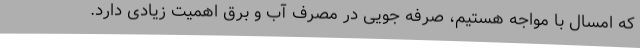
که امسال با مواجه هستیم، صرفه جویی در مصرف آب و برق اهمیت زیادی دارد.